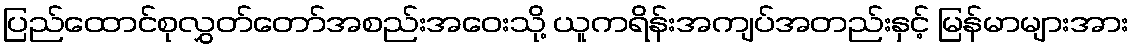
ပြည်ထောင်စုလွှတ်တော်အစည်းအဝေးသို့ ယူကရိန်းအကျပ်အတည်းနှင့် မြန်မာများအား